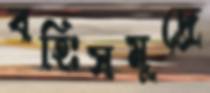
বহিঃসমুদ্রে